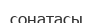
сонатасы